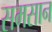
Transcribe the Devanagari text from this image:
समसान